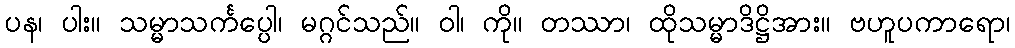
ပန၊ ပါး။ သမ္မာသင်္ကပ္ပေါ၊ မဂ္ဂင်သည်။ ဝါ၊ ကို။ တဿာ၊ ထိုသမ္မာဒိဋ္ဌိအား။ ဗဟူပကာရော၊